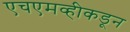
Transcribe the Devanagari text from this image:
एचएमव्हीकडून